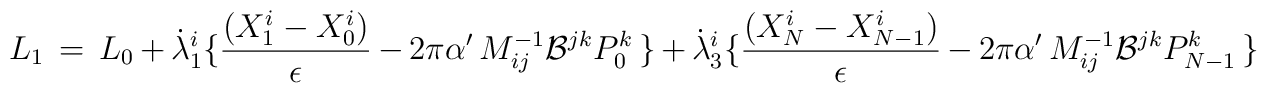
L_1\,=\, L_0 \,+\,\dot\lambda_1^i \lbrace {( X^i_1 - X^i_0 ) \over \epsilon } \, - \, 2 \pi \alpha^\prime\, M^{-1}_{ij}{\cal B}^{jk}  P_0^k \,\rbrace\,+\,\dot\lambda_3^i \lbrace{( X^i_N - X^i_{N-1} ) \over \epsilon } \, - \, 2 \pi \alpha^\prime\, M^{-1}_{ij}{\cal B}^{jk}  P_{N-1}^k \,\rbrace